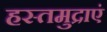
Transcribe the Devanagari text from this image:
हस्तमुद्राएं